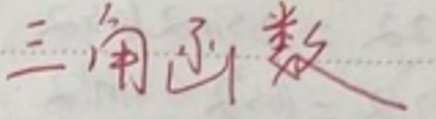
三角函数